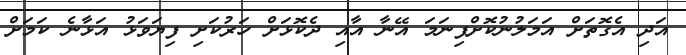
އަދި އެގޮތަށް އަމަލުނުކޮށްފިނަމަ އޭނާ އާއި ދެކޮޅަށް ހަރުކަށި ފިޔަވަޅު އަޅާނެ ކަމަށް